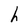
Character: h